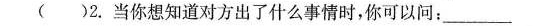
( )2.当你想知道对方出了什么事情时，你可以问：___